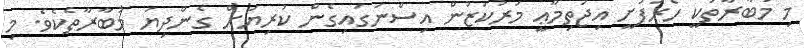
މި މުބާރާތަކީ ހޯރަފުށީ އިޖުތިމާޢީ މަރުކަޒުން އިސްނަގައިގެން ކުރިޔަށް ގެންދިޔަ މުބާރާތެކެވެ. މި